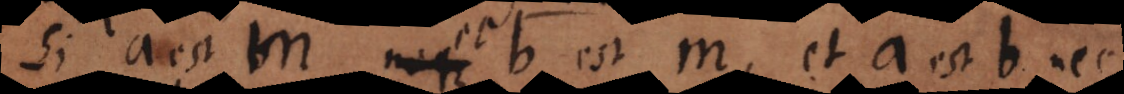
Si a est m neque b est m, et a est b nec